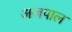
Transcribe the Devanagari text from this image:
अजपाल